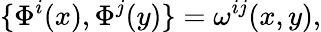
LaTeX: \{ \Phi^{i}(x),\Phi^{j}(y)\} =\omega^{ij}(x,y),